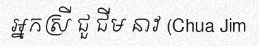
អ្នកស្រី ជួ ជីម នាវ (Chua Jim